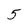
Character: 5